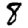
Digit: 8